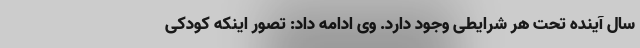
سال آینده تحت هر شرایطی وجود دارد. وی ادامه داد: تصور اینکه کودکی